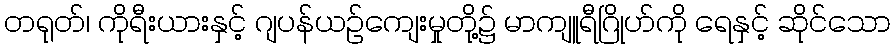
တရုတ်၊ ကိုရီးယားနှင့် ဂျပန်ယဉ်ကျေးမှုတို့၌ မာကျူရီဂြိုဟ်ကို ရေနှင့် ဆိုင်သော